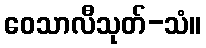
ဝေသာလီသုတ်-သံ။